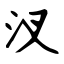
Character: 汊